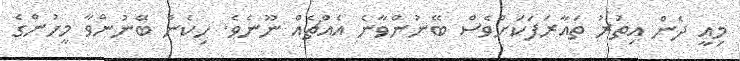
މިއީ ދެން އިތުރު ތައާރަފަކަށްވެސް ބޭނުންވާނެ އެއްޗެއް ނޫނެވެ. ހިކެން ބޭނުންވާ މީހުންގެ